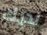
لديك